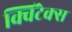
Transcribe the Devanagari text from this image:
क्विंटेक्स